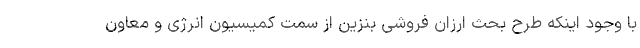
با وجود اینکه طرح بحث ارزان فروشی بنزین از سمت کمیسیون انرژی و معاون